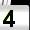
Digit: 4